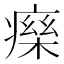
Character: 𤹅